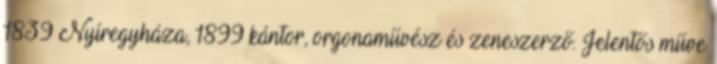
1839 Nyíregyháza, 1899 kántor, orgonaművész és zeneszerző. Jelentős műve